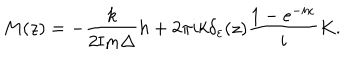
M ( z ) = - \frac { k } { 2 { \mathrm { I m } } \Delta } h + 2 \pi i k \delta _ { \varepsilon } ( z ) \frac { 1 - e ^ { - i x } } { i } K .